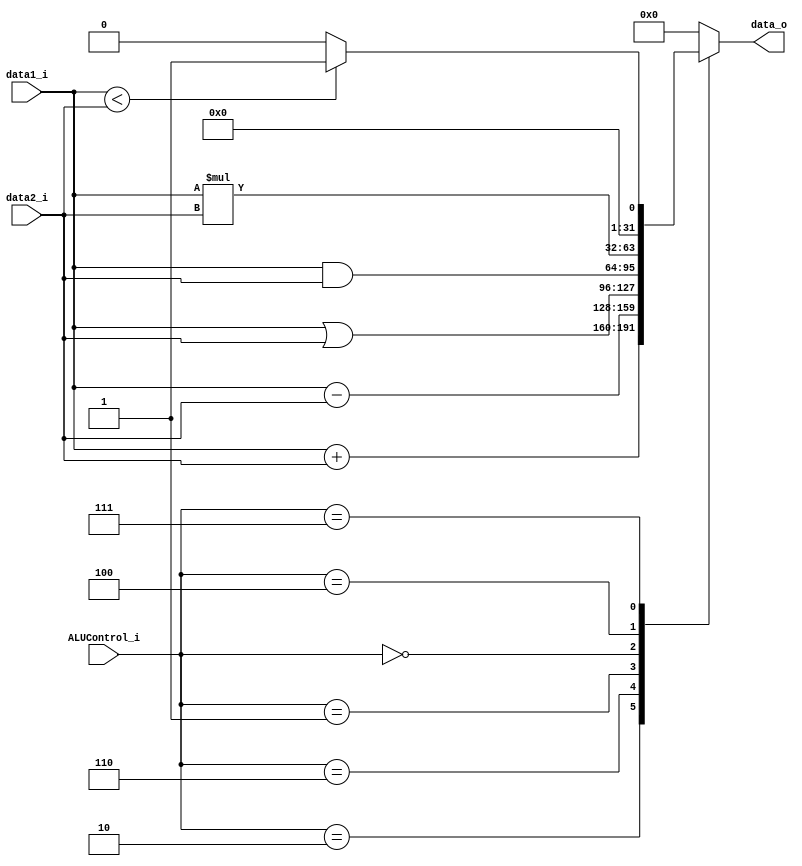
module ALU(
	data1_i,
	data2_i,
	ALUControl_i,
	data_o
);

//Ports
input   [31:0]  data1_i, data2_i;
input   [2:0]   ALUControl_i;
output reg [31:0]  data_o;

always @(data1_i or data2_i or ALUControl_i)begin
    case(ALUControl_i)
        3'b010: data_o = data1_i + data2_i; //add
        3'b110: data_o = data1_i - data2_i; //sub
        3'b001: data_o = data1_i | data2_i; //or
        3'b000: data_o = data1_i & data2_i; //and
        3'b100: data_o = data1_i * data2_i; //mul
        
        3'b111: //slt
        begin   
            if( data1_i < data2_i)
                data_o = 32'b00000000000000000000000000000001;
            else 
                data_o = 32'b00000000000000000000000000000000;
        end
        default: data_o = 32'b00000000000000000000000000000000;
    endcase
end

endmodule